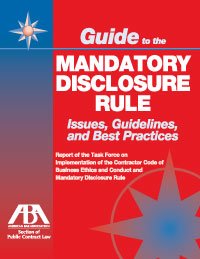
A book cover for Guide to the Mandatory Disclosure Rule: Issues, Guideline and Best Practices; Robert K. Huffman; Law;